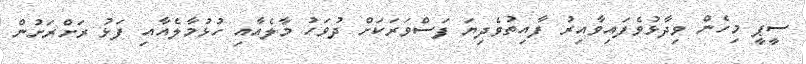
ސީޕީ މިހެން ވިދާޅުވެފައިވާއިރު ފާއިތުވެދިޔަ ފަސްވަރަކަށް ދުވަހު މާލެއާއި ހުޅުމާލެއާއި ފަޅު ރަށްރަށުން